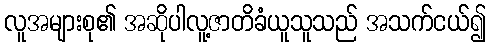
လူအများစု၏ အဆိုပါလူ့ဇာတိခံယူသူသည် အသက်ငယ်၍